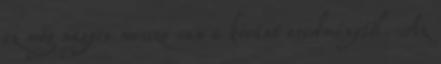
ez még nagyon messze van a kívánt eredménytől. Az